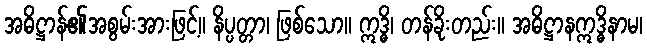
အဓိဋ္ဌာန်၏အစွမ်းအားဖြင့်။ နိပ္ပတ္တာ၊ ဖြစ်သော။ ဣဒ္ဓိ၊ တန်ခိုးတည်း။ အဓိဋ္ဌာနဣဒ္ဓိနာမ၊